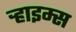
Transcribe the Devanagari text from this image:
र्‍हाइम्स